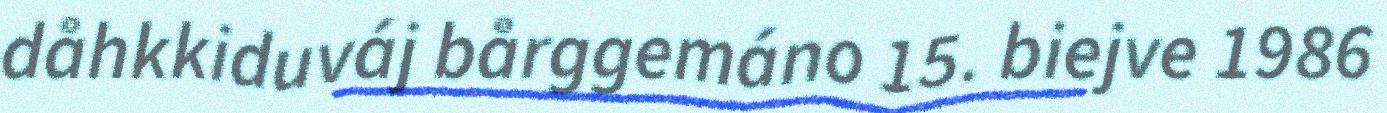
dåhkkiduváj bårggemáno 15. biejve 1986